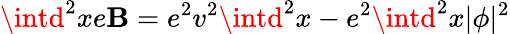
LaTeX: \intd^{2}xe\mathbf{B}=e^{2}v^{2}\intd^{2}x-e^{2}\intd^{2}x|\phi|^{2}